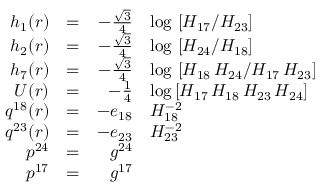
\begin{array} { r c r l } { { h _ { 1 } ( r ) } } & { { = } } & { { - \frac { \sqrt { 3 } } { 4 } } } & { { \log \, \left[ H _ { 1 7 } / H _ { 2 3 } \right] } } \\ { { h _ { 2 } ( r ) } } & { { = } } & { { - \frac { \sqrt { 3 } } { 4 } } } & { { \log \, \left[ H _ { 2 4 } / H _ { 1 8 } \right] } } \\ { { h _ { 7 } ( r ) } } & { { = } } & { { - \frac { \sqrt { 3 } } { 4 } } } & { { \log \, \left[ H _ { 1 8 } \, H _ { 2 4 } / H _ { 1 7 } \, H _ { 2 3 } \right] } } \\ { { U ( r ) } } & { { = } } & { { - \frac { 1 } { 4 } } } & { { \log \left[ H _ { 1 7 } \, H _ { 1 8 } \, H _ { 2 3 } \, H _ { 2 4 } \right] } } \\ { { q ^ { 1 8 } ( r ) } } & { { = } } & { { - e _ { 1 8 } } } & { { H _ { 1 8 } ^ { - 2 } } } \\ { { q ^ { 2 3 } ( r ) } } & { { = } } & { { - e _ { 2 3 } } } & { { H _ { 2 3 } ^ { - 2 } } } \\ { { p ^ { 2 4 } } } & { { = } } & { { g ^ { 2 4 } } } & { { \null } } \\ { { p ^ { 1 7 } } } & { { = } } & { { g ^ { 1 7 } } } & { { \null } } \end{array}